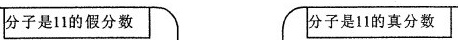
分子是11的假分数 分子是11的真分数